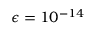
\epsilon = 1 0 ^ { - 1 4 }